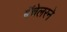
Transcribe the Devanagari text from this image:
बॅचेलरने